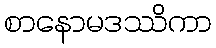
စာနောမဒဿိကာ